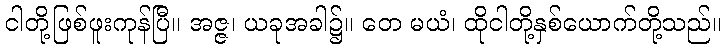
ငါတို့ဖြစ်ဖူးကုန်ပြီ။ အဇ္ဇ၊ ယခုအခါ၌။ တေ မယံ၊ ထိုငါတို့နှစ်ယောက်တို့သည်။